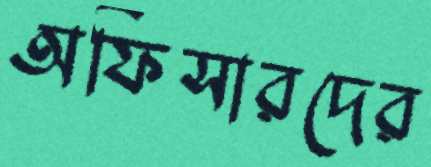
অফিসারদের